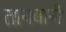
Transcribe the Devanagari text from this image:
तायवानी